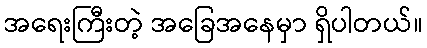
အရေးကြီးတဲ့ အခြေအနေမှာ ရှိပါတယ်။